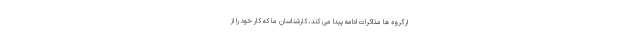
ارگروه ها مذاکرات ادامه پیدا می کند، کارشناسان ما که کار خود را از